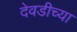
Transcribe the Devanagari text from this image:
देवडीच्या